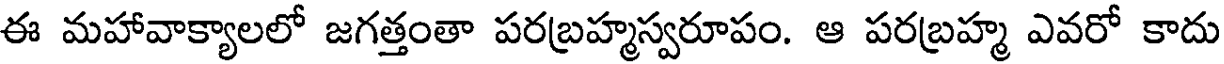
ఈ మహావాక్యాలలో జగత్తంతా పరబ్రహ్మస్వరూపం. ఆ పరబ్రహ్మ ఎవరో కాదు